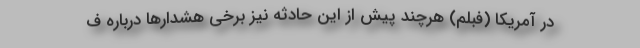
در آمریکا (فبلم) هرچند پیش از این حادثه نیز برخی هشدارها درباره ف